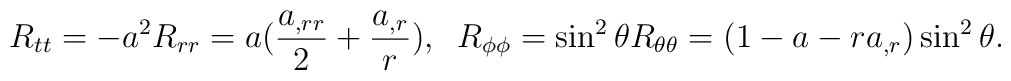
R_{tt}=-a^2R_{rr}=a(\frac{a_{,rr}}{2}+\frac{a_{,r}}{r}),\;\;R_{\phi\phi}=\sin^2\theta R_{\theta\theta}=(1-a-ra_{,r})\sin^2\theta.